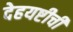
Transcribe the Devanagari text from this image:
देहयष्टीची